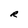
Character: R